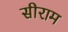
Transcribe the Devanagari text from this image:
सीराम